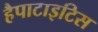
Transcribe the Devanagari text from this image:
हैपाटाइटिस